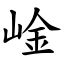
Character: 崯